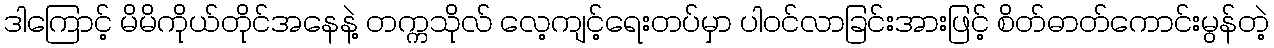
ဒါကြောင့် မိမိကိုယ်တိုင်အနေနဲ့ တက္ကသိုလ် လေ့ကျင့်ရေးတပ်မှာ ပါဝင်လာခြင်းအားဖြင့် စိတ်ဓာတ်ကောင်းမွန်တဲ့